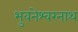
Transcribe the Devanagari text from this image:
भुवनेश्‍वरनाथ